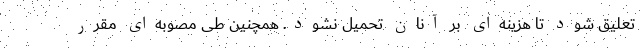
تعلیق شود تا هزینه‌ای بر آنان تحمیل نشود. همچنین طی مصوبه‌ای مقرر